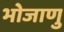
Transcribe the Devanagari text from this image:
भोजाणु